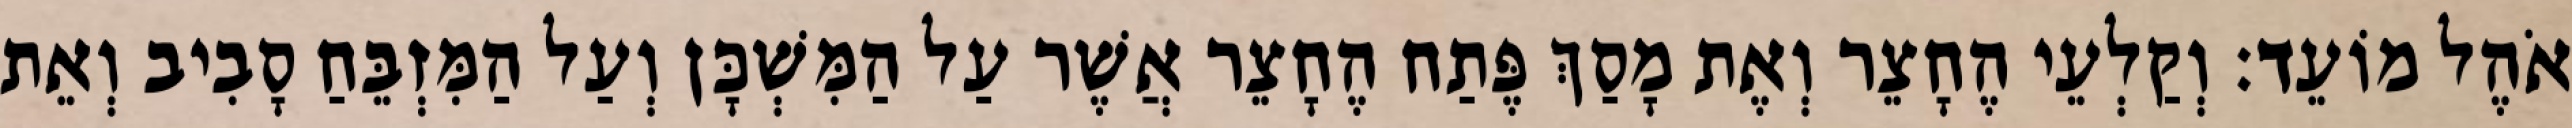
אֹהֶל מוֹעֵד׃ וְקַלְעֵי הֶחָצֵר וְאֶת מָסַךְ פֶּתַח הֶחָצֵר אֲשֶׁר עַל הַמִּשְׁכָּן וְעַל הַמִּזְבֵּחַ סָבִיב וְאֵת